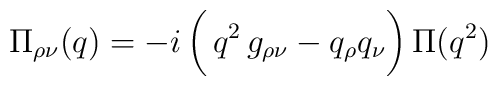
{\Pi}_{\rho\nu}(q)= -i \,\biggl(\,q^2\,g_{\rho\nu}- q_\rho q_\nu\biggr)\,\Pi(q^2)